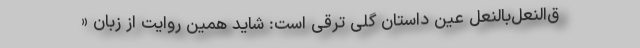
ق‌النعل‌بالنعل عین داستان گلی ترقی است: شاید همین روایت از زبان «